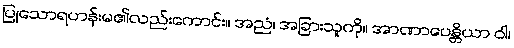
ပြုသောရဟန်းမ၏လည်းကောင်း။ အညံ၊ အခြားသူကို။ အာဏာပေန္တိယာ ဝါ၊